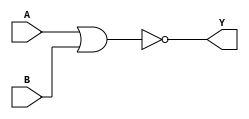
`timescale 1ps/1ps
module cell_nor2
(
    input wire A,
    input wire B,
    output wire Y
);
    assign Y = !(A | B);
endmodule